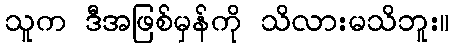
သူက ဒီအဖြစ်မှန်ကို သိလားမသိဘူး။